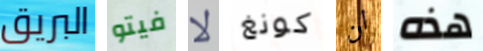
البريق فيتو لا كونغ ان هذه